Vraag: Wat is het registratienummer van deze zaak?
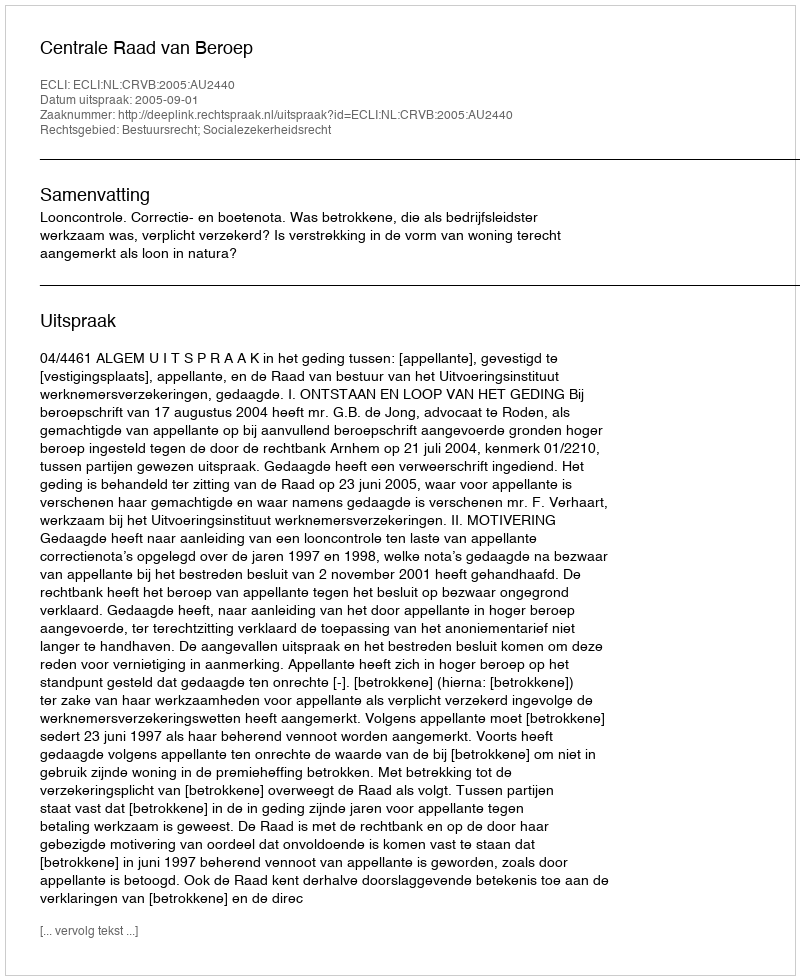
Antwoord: http://deeplink.rechtspraak.nl/uitspraak?id=ECLI:NL:CRVB:2005:AU2440